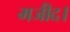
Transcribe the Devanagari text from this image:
मजीद।